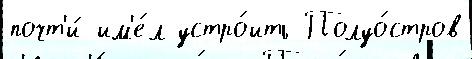
почт'и́ им'е́л устро́ить Полуо́стров